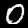
Label: 0